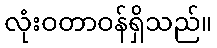
လုံးဝတာဝန်ရှိသည်။